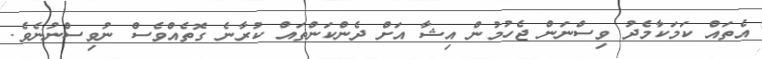
އެތައް ކަމަކާމެދު ވިސްނަން ޖެހުުމުން އިޝާ އަށް ދެންކަންތައް ކުރާނެ ގޮތެއްވެސް ނުވިސްނުނެވެ.